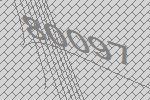
80097